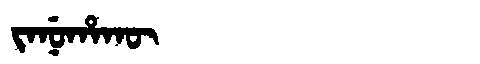
Manchu: ᠵᠠᠨᡠᡥᠠᡴᡡ
Romanization: JANUHAKŪ